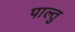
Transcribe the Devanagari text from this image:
पाल्तु